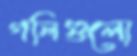
গলিগুলো